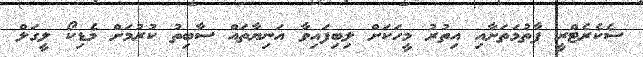
ސެކެރެޓްރީ ފާތުމަތަށާއި އިތުރު މީހަކަށް ލިބިފައިވާ އަނިޔާތައް ސާބިތު ކުރުމަށް މެޑިކޯ ލީގަލް